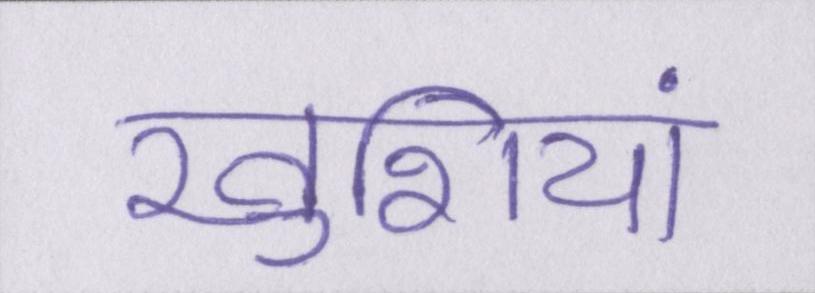
खुशियां